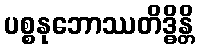
ပစ္စနုဘောဿတိဒ္ဓိန္တိ